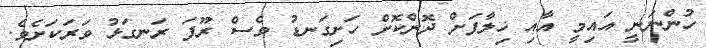
ހުންނަނީ އައިމީ އާއި ޚިލާފަށް ދޮންކޮށް ހަށިގަނޑު ވެސް ރޫފަ ރަނގަޅު ވަރަކަށެވެ.